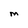
Character: M